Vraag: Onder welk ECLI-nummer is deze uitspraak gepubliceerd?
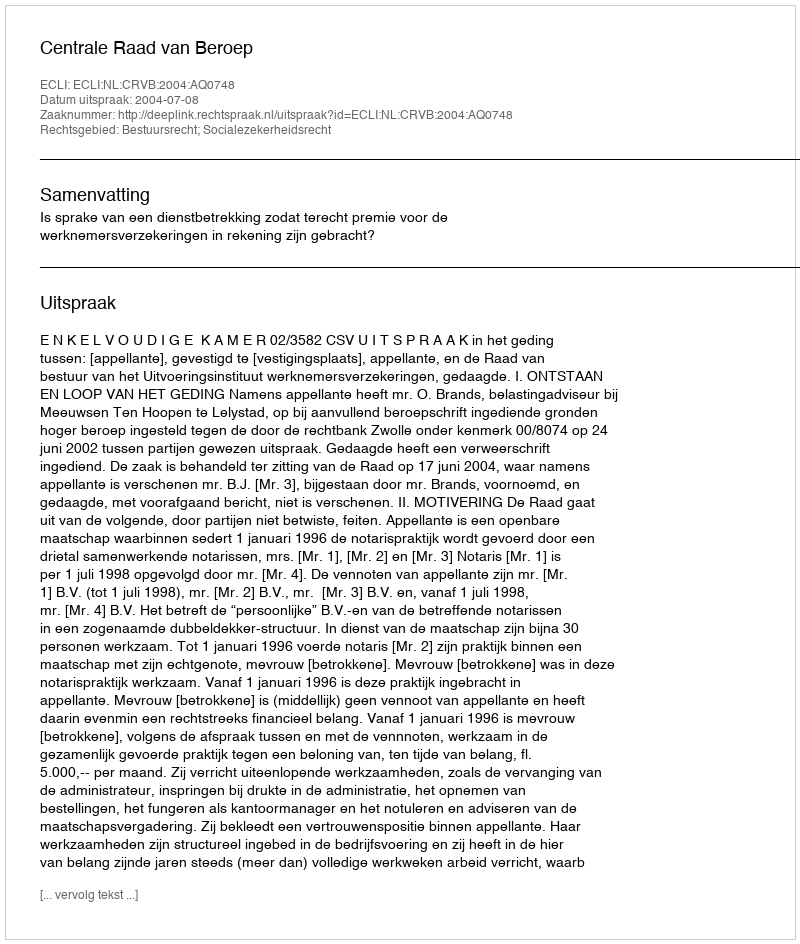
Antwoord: ECLI:NL:CRVB:2004:AQ0748